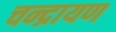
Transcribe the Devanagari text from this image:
चन्द्रायण